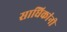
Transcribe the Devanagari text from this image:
साधिकांनी